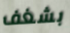
بشغف